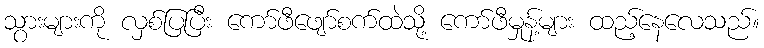
သွားများကို လှစ်ပြပြီး ကော်ဖီဖျော်စက်ထဲသို့ ကော်ဖီမှုန့်များ ထည့်နေလေသည်။